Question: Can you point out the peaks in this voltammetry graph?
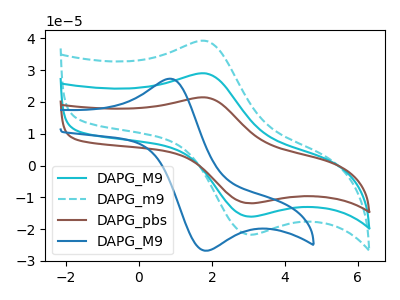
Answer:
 <answer>The cyan curve "DAPG_M9" has an anodic peak at (1.85V, 28.90uA) and a cathodic peak at (3.05V, -16.05uA). The cyan dashed curve "DAPG_m9" has an anodic peak at (1.85V, 39.15uA) and a cathodic peak at (3.05V, -21.75uA). The brown curve "DAPG_pbs" has an anodic peak at (1.85V, 57.85uA) and a cathodic peak at (3.05V, -32.15uA). The blue curve "DAPG_M9" has an anodic peak at (0.80V, 27.30uA) and a cathodic peak at (1.90V, -26.75uA).</answer>
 <eval></eval>